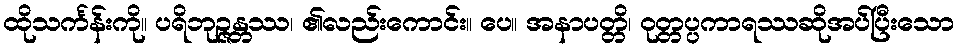
ထိုသင်္ကန်းကို။ ပရိဘုဉ္ဇန္တဿ၊ ၏လည်းကောင်း။ ပေ။ အနာပတ္တိ၊ ဝုတ္တပ္ပကာရဿဆိုအပ်ပြီးသော